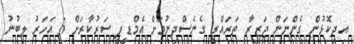
އިދިކޮޅުން ގެންނަން ޖަޒީރާ ތަރައްގީ ގެނެސްދިނުމަށް އެމްޑީޕީ ސަރުކާރަށް 3 އަހަރު ލިބުނު